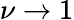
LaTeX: \nu\rightarrow 1